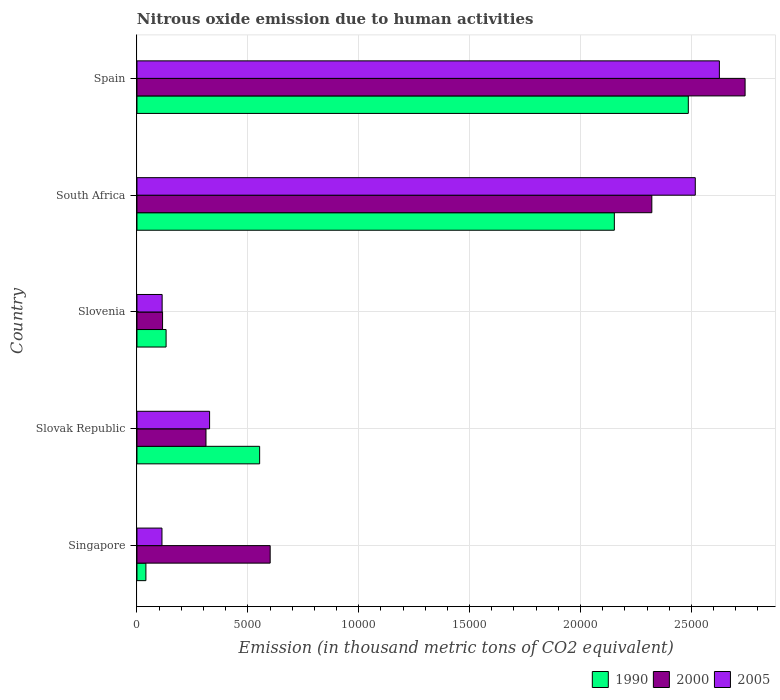
| Country | 1990 | 2000 | 2005 |
 | --- | --- | --- | --- |
 | Singapore | 403 | 6.01e+03 | 1.13e+03 |
 | Slovak Republic | 5.53e+03 | 3.11e+03 | 3.28e+03 |
 | Slovenia | 1.31e+03 | 1.15e+03 | 1.14e+03 |
 | South Africa | 2.15e+04 | 2.32e+04 | 2.52e+04 |
 | Spain | 2.49e+04 | 2.74e+04 | 2.63e+04 |